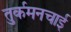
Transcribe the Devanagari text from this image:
तुर्कमनचाई